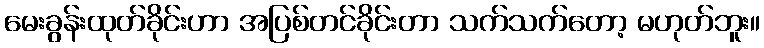
မေးခွန်းထုတ်ခိုင်းဟာ အပြစ်တင်ခိုင်းတာ သက်သက်တော့ မဟုတ်ဘူး။